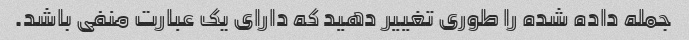
جمله داده شده را طوری تغییر دهید که دارای یک عبارت منفی باشد.